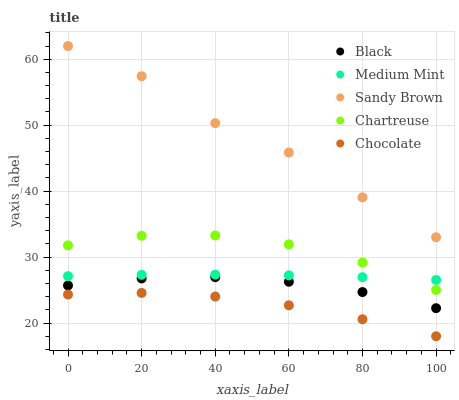
| xaxis_label | Black | Medium Mint | Sandy Brown | Chartreuse | Chocolate |
 | --- | --- | --- | --- | --- | --- |
 | 0 | 25.7 | 27.1 | 62 | 31.8 | 24.3 |
 | 20 | 26.8 | 27.3 | 57.4 | 33.2 | 24.6 |
 | 40 | 27 | 27.3 | 50.3 | 33.3 | 24 |
 | 60 | 26.3 | 27.2 | 45.9 | 31.9 | 22.7 |
 | 80 | 24.7 | 27 | 39.1 | 29.2 | 20.6 |
 | 100 | 22.3 | 26.5 | 33 | 25 | 18 |